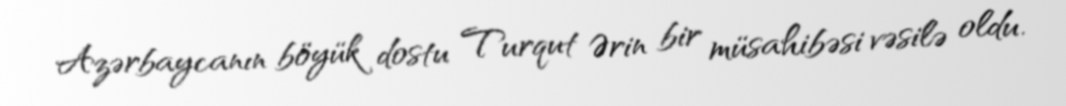
Azərbaycanın böyük dostu Turqut Ərin bir müsahibəsi vəsilə oldu.